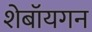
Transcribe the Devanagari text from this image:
शेबॉयगन